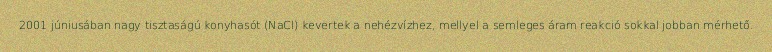
2001 júniusában nagy tisztaságú konyhasót (NaCl) kevertek a nehézvízhez, mellyel a semleges áram reakció sokkal jobban mérhető.